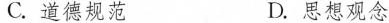
C.道德规范 D.思想观念